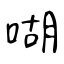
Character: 㗅